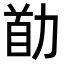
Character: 𠡼